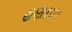
હણાયા